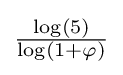
\textstyle {\frac {\log(5)}{\log(1+\varphi )}}